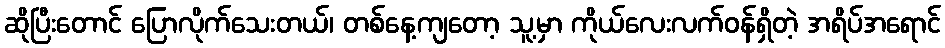
ဆိုပြီးတောင် ပြောလိုက်သေးတယ်၊ တစ်နေ့ကျတော့ သူ့မှာ ကိုယ်လေးလက်ဝန်ရှိတဲ့ အရိပ်အရောင်